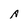
Character: A